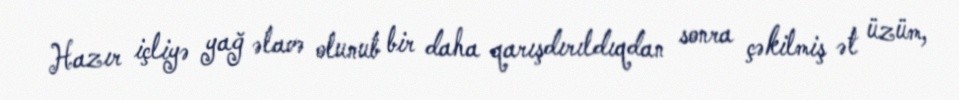
Hazır içliyə yağ əlavə olunub bir daha qarışdırıldıqdan sonra çəkilmiş ət üzüm,